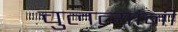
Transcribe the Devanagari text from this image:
चुलत्यांनी